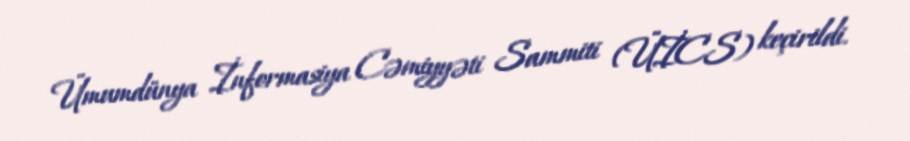
Ümumdünya İnformasiya Cəmiyyəti Sammiti (ÜİCS) keçirildi.